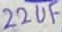
Text: 22uF